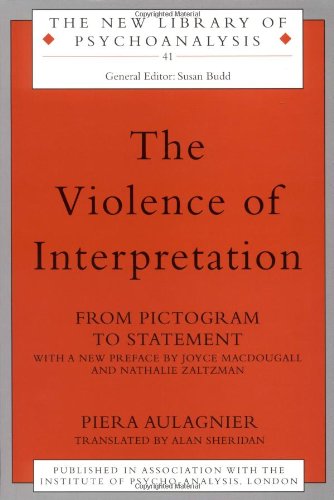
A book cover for The Violence of Interpretation: From Pictogram to Statement (The New Library of Psychoanalysis); Piera Aulagnier; Health, Fitness & Dieting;